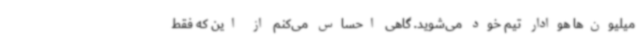
میلیون‌ها هوادار تیم خود می‌شوید. گاهی احساس می‌کنم از این که فقط